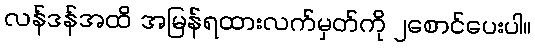
လန်ဒန်အထိ အမြန်ရထားလက်မှတ်ကို ၂စောင်ပေးပါ။